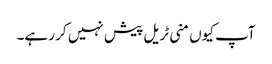
آپ کیوں منی ٹریل پیش نہیں کر رہے۔